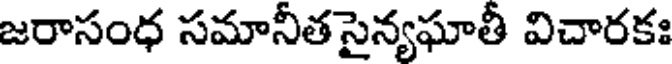
జరాసంధ సమానీత సైన్యఘాతీ విచారకః